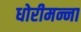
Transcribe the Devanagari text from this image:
धोरीमन्ना